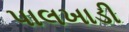
પાલખાડી